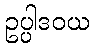
ဥပ္ပါဒဝယ